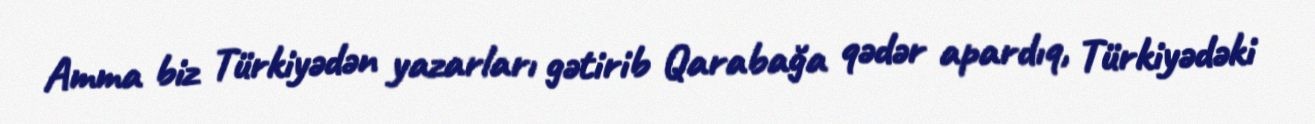
Amma biz Türkiyədən yazarları gətirib Qarabağa qədər apardıq, Türkiyədəki